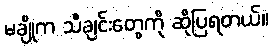
မချိုက သီချင်းတွေကို ဆိုပြရတယ်။